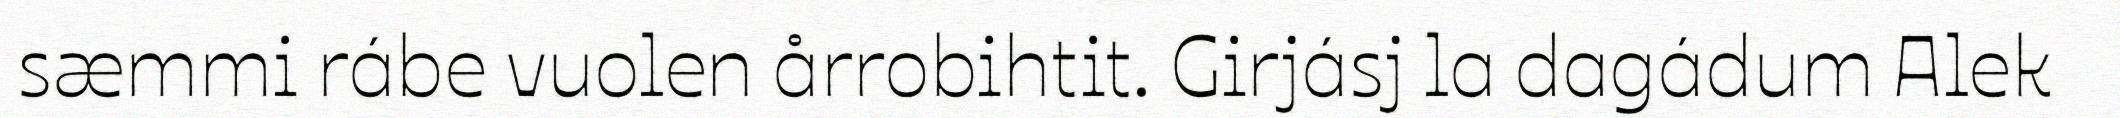
sæmmi rábe vuolen årrobihtit. Girjásj la dagádum Alek